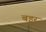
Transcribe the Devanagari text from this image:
बइर